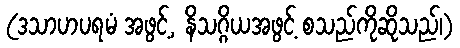
(ဒသာဟပရမံ အဖွင့်, နိသဂ္ဂိယအဖွင့် စသည်ကိုဆိုသည်၊)